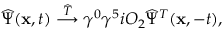
\widehat \Psi ( { \bf x } , t ) \stackrel { \widehat { \cal T } } { \longrightarrow } \gamma ^ { 0 } \gamma ^ { 5 } i O _ { 2 } \widehat \Psi ^ { T } ( { \bf x } , - t ) ,